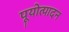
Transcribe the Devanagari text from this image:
पूयोत्पादन